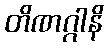
တိဏဂ္ဂါနိ